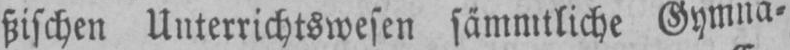
ßischen Unterrichtswesen sämmtliche Gymna⸗